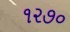
૧૨૭૦